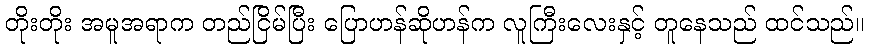
တိုးတိုး အမူအရာက တည်ငြိမ်ပြီး ပြောဟန်ဆိုဟန်က လူကြီးလေးနှင့် တူနေသည် ထင်သည်။